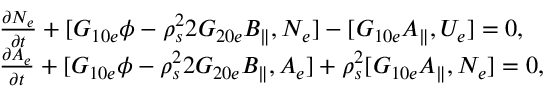
\begin{array} { r l } & { \frac { \partial N _ { e } } { \partial t } + [ G _ { 1 0 e } \phi - \rho _ { s } ^ { 2 } 2 G _ { 2 0 e } B _ { \parallel } , N _ { e } ] - [ G _ { 1 0 e } A _ { \parallel } , U _ { e } ] = 0 , } \\ & { \frac { \partial A _ { e } } { \partial t } + [ G _ { 1 0 e } \phi - \rho _ { s } ^ { 2 } 2 G _ { 2 0 e } B _ { \parallel } , A _ { e } ] + \rho _ { s } ^ { 2 } [ G _ { 1 0 e } A _ { \parallel } , N _ { e } ] = 0 , } \end{array}